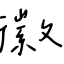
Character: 徽